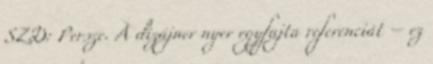
SZD: Persze. A dizájner nyer egyfajta referenciát – ez